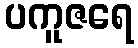
ပကူဇရေ